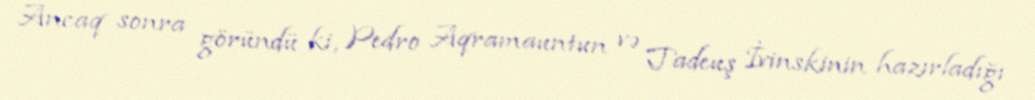
Ancaq sonra göründü ki, Pedro Aqramauntun və Tadeuş İvinskinin hazırladığı